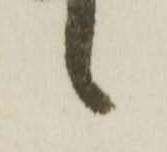
々